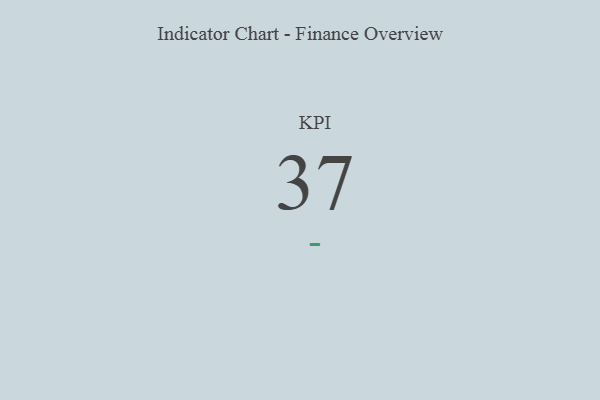
{"axis": {"x": "KPI", "y": "Value"}, "legend": [""], "data": [{"x": "KPI", "y": 37, "type": ""}]}